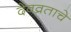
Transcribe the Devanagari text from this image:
देवव्रताचे